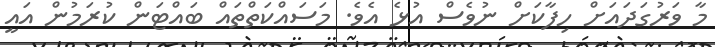
މާ ވަރުގަދައަށް ހިފާކަށް ނުވެސް އުޅެ އެވެ. މަސައްކަތްތައް ބައްޓަން ކުރަމުން އައީ